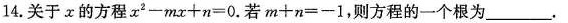
14.关于的方程$$x ^ { 2 } - m x + n = 0$$.若$$m + n = - 1$$，则方程的一个根为___.